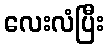
လေးလံပြီး